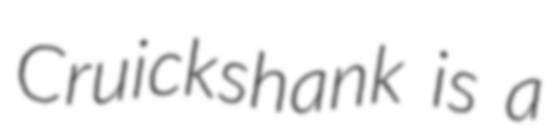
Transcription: Cruickshank is a